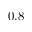
0 . 8